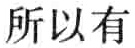
所以有